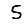
Digit: 5